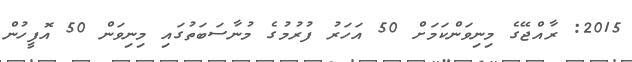
2015: ރާއްޖޭގެ މިނިވަންކަމަށް 50 އަހަރު ފުރުމުގެ މުނާސަބަތުގައި މިނިވަން 50 އޮފީހުން